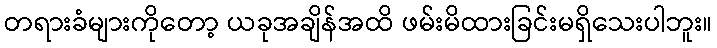
တရားခံများကိုတော့ ယခုအချိန်အထိ ဖမ်းမိထားခြင်းမရှိသေးပါဘူး။